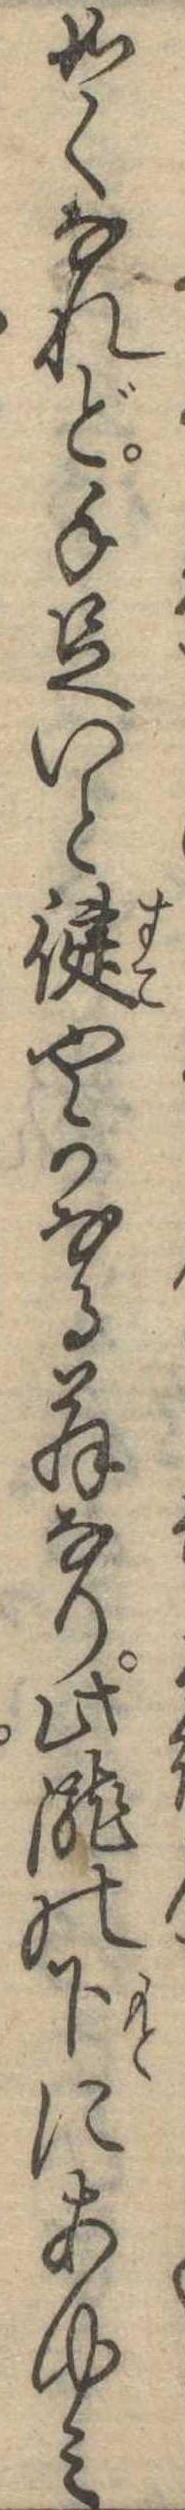
如くなれど手足いと健やかなる翁なり此滝の下にあゆみ